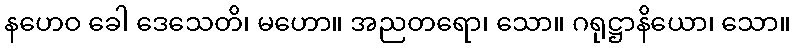
နဟေဝ ခေါ ဒေသေတိ၊ မဟော။ အညတရော၊ သော။ ဂရုဋ္ဌာနိယော၊ သော။